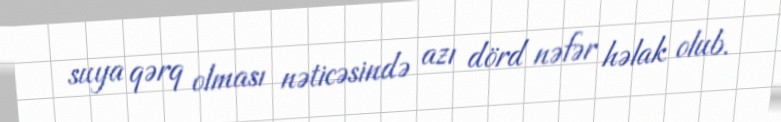
suya qərq olması nəticəsində azı dörd nəfər həlak olub.